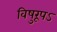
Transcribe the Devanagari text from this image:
विषुरूपऽ